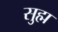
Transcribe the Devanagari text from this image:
सुह्म